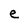
Character: e